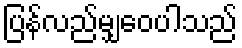
ပြန်လည်မျှဝေပါသည်